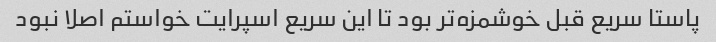
پاستا سریع قبل خوشمزه‌تر بود تا این سریع اسپرایت خواستم اصلا نبود